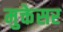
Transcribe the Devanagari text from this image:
मुक्तेसर